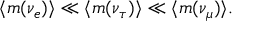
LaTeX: \langle m ( \nu _ { e } ) \rangle \ll \langle m ( \nu _ { \tau } ) \rangle \ll \langle m ( \nu _ { \mu } ) \rangle .